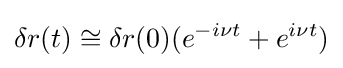
\delta r(t)\cong \delta r(0)(e^{-i\nu t}+e^{i\nu t})